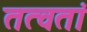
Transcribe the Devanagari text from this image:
तत्वतां